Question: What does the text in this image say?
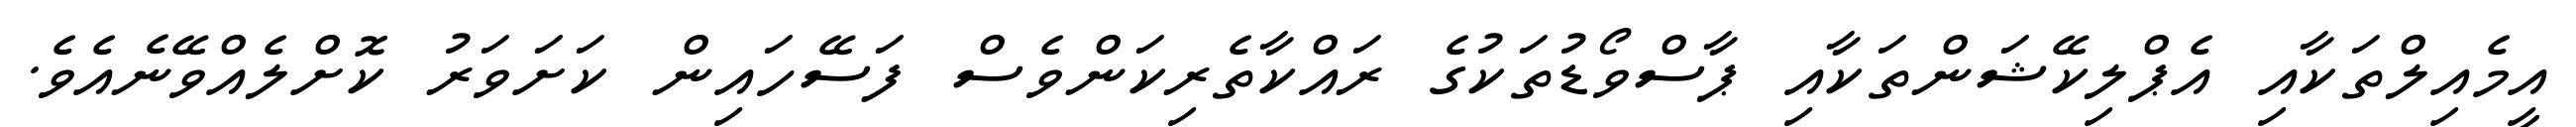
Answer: އީމެއިލްތަކާއި އެޕްލިކޭޝަންތަކާއި ޕާސްވޯޑުތަކުގެ ރައްކާތެރިކަންވެސް ފަސޭހައިން ކަށަވަރު ކޮށްލެއްވޭނެއެވެ.